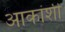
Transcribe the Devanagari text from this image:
आकांशी